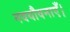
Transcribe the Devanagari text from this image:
नवयौवनाएँ।